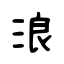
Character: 浪